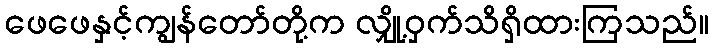
ဖေဖေနှင့်ကျွန်တော်တို့က လျှို့ဝှက်သိရှိထားကြသည်။